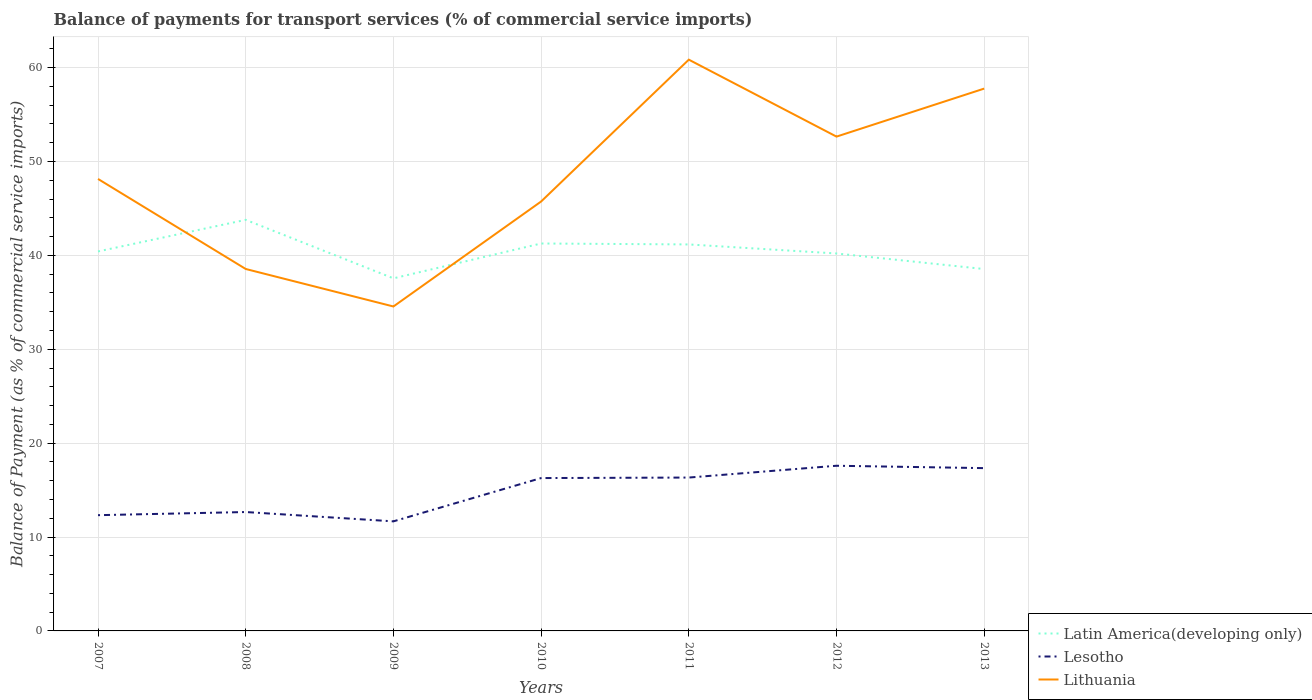
| Years | Latin America(developing only) | Lesotho | Lithuania |
 | --- | --- | --- | --- |
 | 2007 | 40.4 | 12.3 | 48.1 |
 | 2008 | 43.8 | 12.7 | 38.6 |
 | 2009 | 37.6 | 11.7 | 34.6 |
 | 2010 | 41.3 | 16.3 | 45.7 |
 | 2011 | 41.2 | 16.3 | 60.8 |
 | 2012 | 40.2 | 17.6 | 52.7 |
 | 2013 | 38.5 | 17.3 | 57.8 |